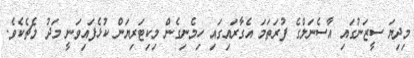
މިދިޔަ ސީޒަނުގައި އާސެނަލްގެ ފުރަތަމަ އެގާރައިގައި ހިމެނިގެން މިކިޓަރިޔަން ކުޅެފައިވަނީ މަދު މެޗެކެވެ.